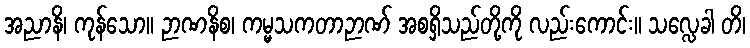
အညာနိ၊ ကုန်သော။ ဉာဏနိစ၊ ကမ္မသကတာဉာဏ် အစရှိသည်တို့ကို လည်းကောင်း။ သလ္လေခါ တိ၊